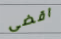
اقضى